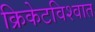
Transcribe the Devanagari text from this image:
क्रिकेटविश्वात